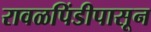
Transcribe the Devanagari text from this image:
रावळपिंडीपासून